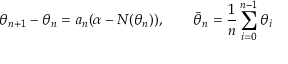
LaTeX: \theta _ { n + 1 } - \theta _ { n } = a _ { n } ( \alpha - N ( \theta _ { n } ) ) , \qquad { \bar { \theta } } _ { n } = { \frac { 1 } { n } } \sum _ { i = 0 } ^ { n - 1 } \theta _ { i }